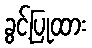
ခွင့်ပြုထား